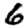
Digit: 6